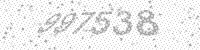
Solution: 997538